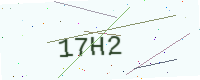
Text: 17H2